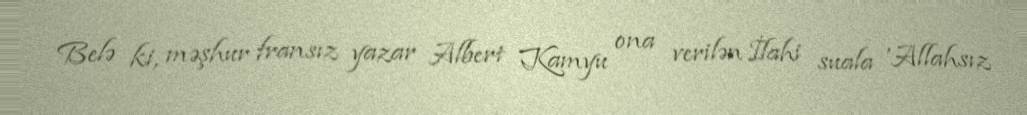
Belə ki, məşhur fransız yazar Albert Kamyu ona verilən İlahi suala 'Allahsız